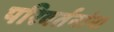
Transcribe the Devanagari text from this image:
परिवर्तनांना